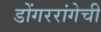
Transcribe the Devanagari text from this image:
डोंगररांगेची